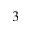
_ 3